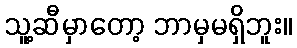
သူ့ဆီမှာတော့ ဘာမှမရှိဘူး။